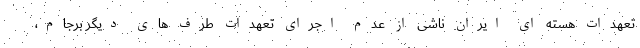
تعهدات هسته ای ایران ناشی از عدم اجرای تعهدات طرف های دیگر برجام،